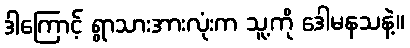
ဒါကြောင့် ရွာသားအားလုံးက သူ့ကို ဒေါမနသနဲ့။